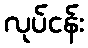
လုပ်ငန်း